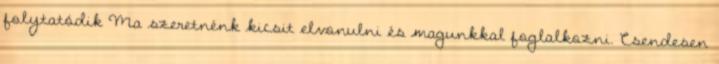
folytatódik Ma szeretnénk kicsit elvonulni és magunkkal foglalkozni. Csendesen